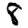
Digit: 8